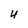
Character: 4